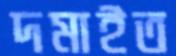
দমাইত